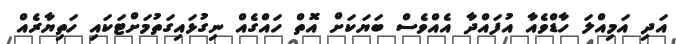
އަދި އަމިއްލަ ހާޑްވެއާ އުފައްދާ އެއްވެސް ބަޔަކަށް އޮތް ހައްގެއް ނިގުޅައިގަތުމަށްޓަކައި ހަތިޔާރެއް